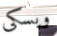
ويسكى